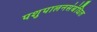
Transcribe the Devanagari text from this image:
पशुपालनसंबंधित